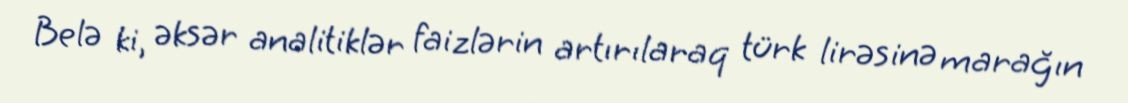
Belə ki, əksər analitiklər faizlərin artırılaraq türk lirəsinə marağın